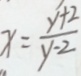
x = \frac { y + 2 } { y - 2 }